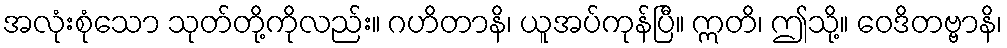
အလုံးစုံသော သုတ်တို့ကိုလည်း။ ဂဟိတာနိ၊ ယူအပ်ကုန်ပြီ။ ဣတိ၊ ဤသို့။ ဝေဒိတဗ္ဗာနိ၊